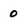
Character: 0